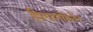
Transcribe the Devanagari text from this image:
हिस्पानोफोन